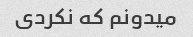
میدونم که نکردی